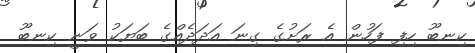
ކިނބޫ ހިފި ފަހުން އެ ރަށުގެ ގިނަ އަދަދެއްގެ ބަޔަކު ވަނީ ކިނބޫ